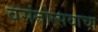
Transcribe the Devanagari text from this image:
वसंतोत्सवाचा